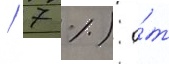
/ 7 %) о́т